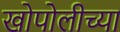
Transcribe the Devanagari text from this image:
खोपोलीच्या